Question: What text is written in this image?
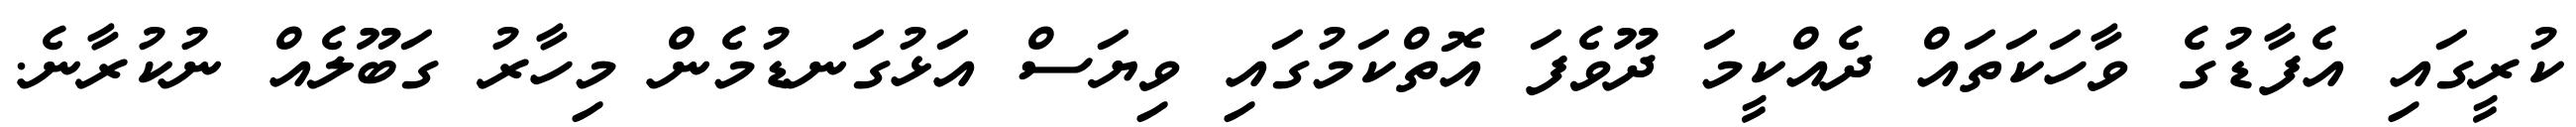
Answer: ކުރީގައި އެފާޑުގެ ވާހަކަތައް ދެއްކީމަ ދޫވެފަ އޮތްކަމުގައި ވިޔަސް އަޅުގަނޑުމެން މިހާރު ގަބޫލެއް ނުކުރާނެ.